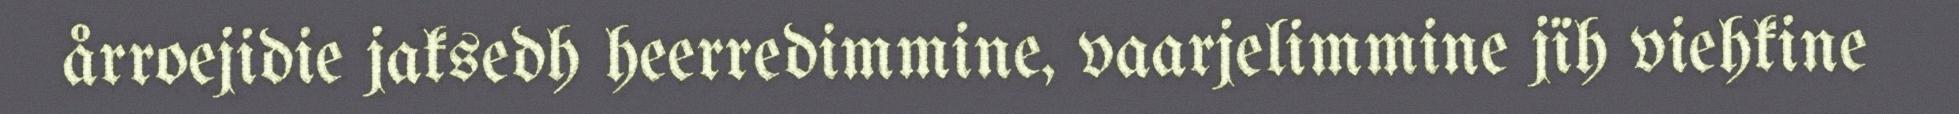
årroejidie jaksedh heerredimmine, vaarjelimmine jïh viehkine